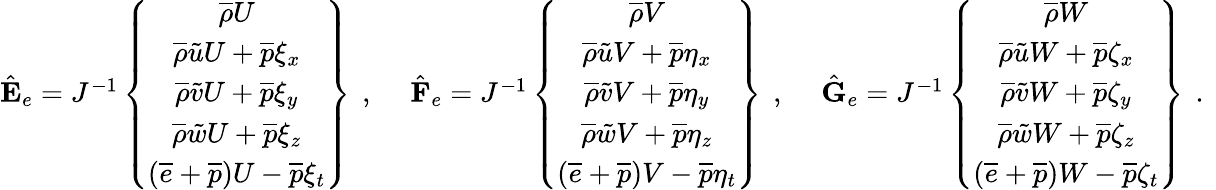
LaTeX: \begin{array}{rlr}{\hat{\mathbf{E}}_{e}=J^{-1}\left\{ \begin{array}{c}{\overline{{\rho}}U}\\ {\overline{{\rho}}\tilde{u}U+\overline{{p}}\xi_{x}}\\ {\overline{{\rho}}\tilde{v}U+\overline{{p}}\xi_{y}}\\ {\overline{{\rho}}\tilde{w}U+\overline{{p}}\xi_{z}}\\ {\left(\overline{{e}}+\overline{{p}}\right)U-\overline{{p}}\xi_{t}}\end{array}\right\} \, \mathrm{~,~}}&{{}\hat{\mathbf{F}}_{e}=J^{-1}\left\{ \begin{array}{c}{\overline{{\rho}}V}\\ {\overline{{\rho}}\tilde{u}V+\overline{{p}}\eta_{x}}\\ {\overline{{\rho}}\tilde{v}V+\overline{{p}}\eta_{y}}\\ {\overline{{\rho}}\tilde{w}V+\overline{{p}}\eta_{z}}\\ {\left(\overline{{e}}+\overline{{p}}\right)V-\overline{{p}}\eta_{t}}\end{array}\right\} \, \mathrm{~,~}}&{\hat{\mathbf{G}}_{e}=J^{-1}\left\{ \begin{array}{c}{\overline{{\rho}}W}\\ {\overline{{\rho}}\tilde{u}W+\overline{{p}}\zeta_{x}}\\ {\overline{{\rho}}\tilde{v}W+\overline{{p}}\zeta_{y}}\\ {\overline{{\rho}}\tilde{w}W+\overline{{p}}\zeta_{z}}\\ {\left(\overline{{e}}+\overline{{p}}\right)W-\overline{{p}}\zeta_{t}}\end{array}\right\} \, \mathrm{~.~}}\end{array}